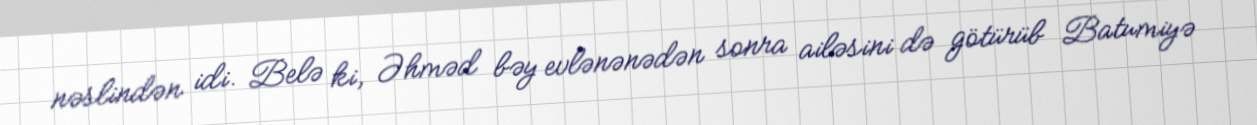
nəslindən idi. Belə ki, Əhməd bəy evlənənədən sonra ailəsini də götürüb Batumiyə